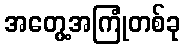
အတွေ့အကြုံတစ်ခု